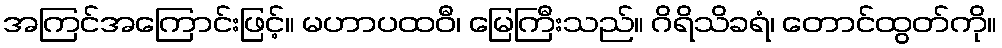
အကြင်အကြောင်းဖြင့်။ မဟာပထဝီ၊ မြေကြီးသည်။ ဂိရိသိခရံ၊ တောင်ထွတ်ကို။